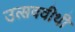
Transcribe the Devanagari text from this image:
उत्सववीथी